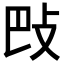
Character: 𢻷